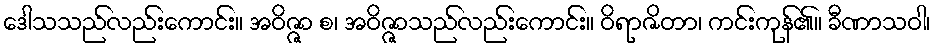
ဒေါသသည်လည်းကောင်း။ အဝိဇ္ဇာ စ၊ အဝိဇ္ဇာသည်လည်းကောင်း။ ဝိရာဇိတာ၊ ကင်းကုန်၏။ ခီဏာသဝါ၊